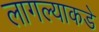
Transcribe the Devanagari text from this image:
लागल्याकडे